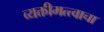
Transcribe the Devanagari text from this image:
व्यक्तीमत्त्वाचा